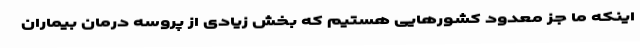
اینکه ما جز معدود کشورهایی هستیم که بخش زیادی از پروسه درمان بیماران